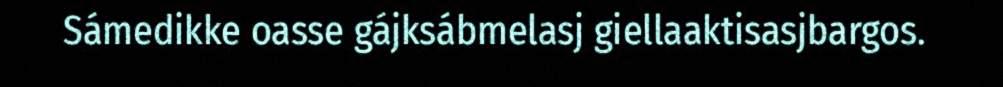
Sámedikke oasse gájksábmelasj giellaaktisasjbargos.